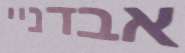
אבדניי